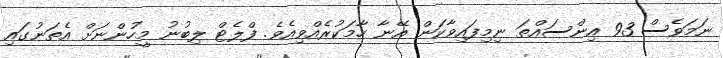
ނަމަވެސް 93 އިންސައްތަ ނިމިފައިވާކަން އޭނާ ހާމަކުރެއްވިއެވެ. ފްލެޓް ލިބުނު މީހުންނަށް އެތަނުގައި